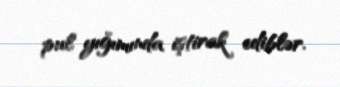
pul yığımında iştirak ediblər.